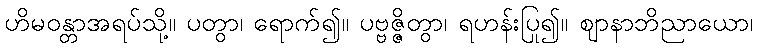
ဟိမဝန္တာအရပ်သို့။ ပတွာ၊ ရောက်၍။ ပဗ္ဗဇ္ဇိတွာ၊ ရဟန်းပြု၍။ ဈာနာဘိညာယော၊